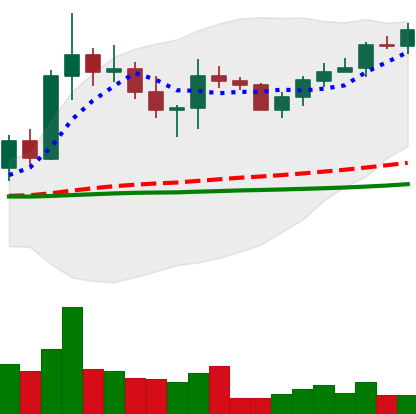
Ticker: XRP-USD
Chart end date: 2022-10-09
Forward return: -8.444%
Label: down_7plus